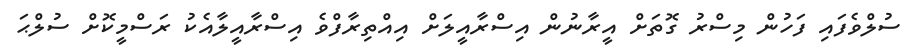
ސުލްވެފައި ފަހުން މިސްރު ގޮތަށް އީރާނުން އިސްރާއީލަށް އިއްތިރާފްވެ އިސްރާއީލާއެކު ރަސްމީކޮށް ސުލްޙަ